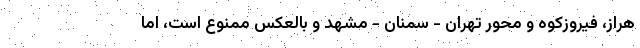
هراز، فیروزکوه و محور تهران - سمنان - مشهد و بالعکس ممنوع است، اما